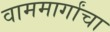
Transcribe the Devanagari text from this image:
वाममार्गांचा